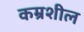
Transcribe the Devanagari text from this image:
कम्रशील